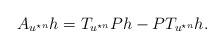
LaTeX: \begin{align*}A_{u^{\star n}}h = T_{u^{\star n}}P h - PT_{u^{\star n}} h.\end{align*}